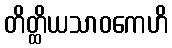
တိတ္ထိယသာဝကေဟိ